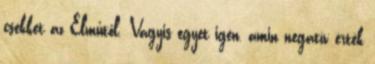
csekket az Elműtől. Vagyis egyet igen, amin negatív érték